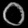
Digit: ၀